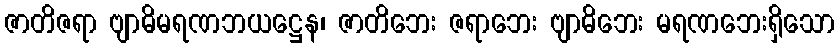
ဇာတိဇရာ ဗျာဓိမရဏဘယဋ္ဌေန၊ ဇာတိဘေး ဇရာဘေး ဗျာဓိဘေး မရဏဘေးရှိသော